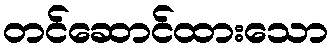
တင်ဆောင်ထားသော